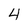
Character: 4